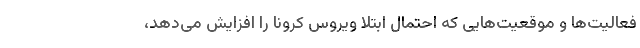
فعالیت‌ها و موقعیت‌هایی که احتمال ابتلا ویروس کرونا را افزایش می‌دهد،